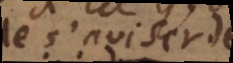
de s’aviser de